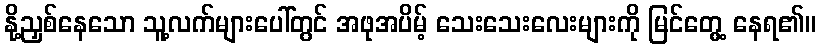
နို့ညှစ်နေသော သူ့လက်များပေါ်တွင် အဖုအပိမ့် သေးသေးလေးများကို မြင်တွေ့ နေရ၏။